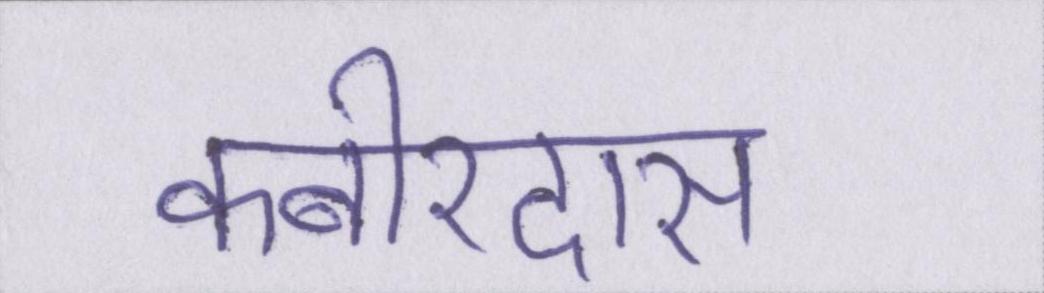
कबीरदास